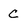
Character: c